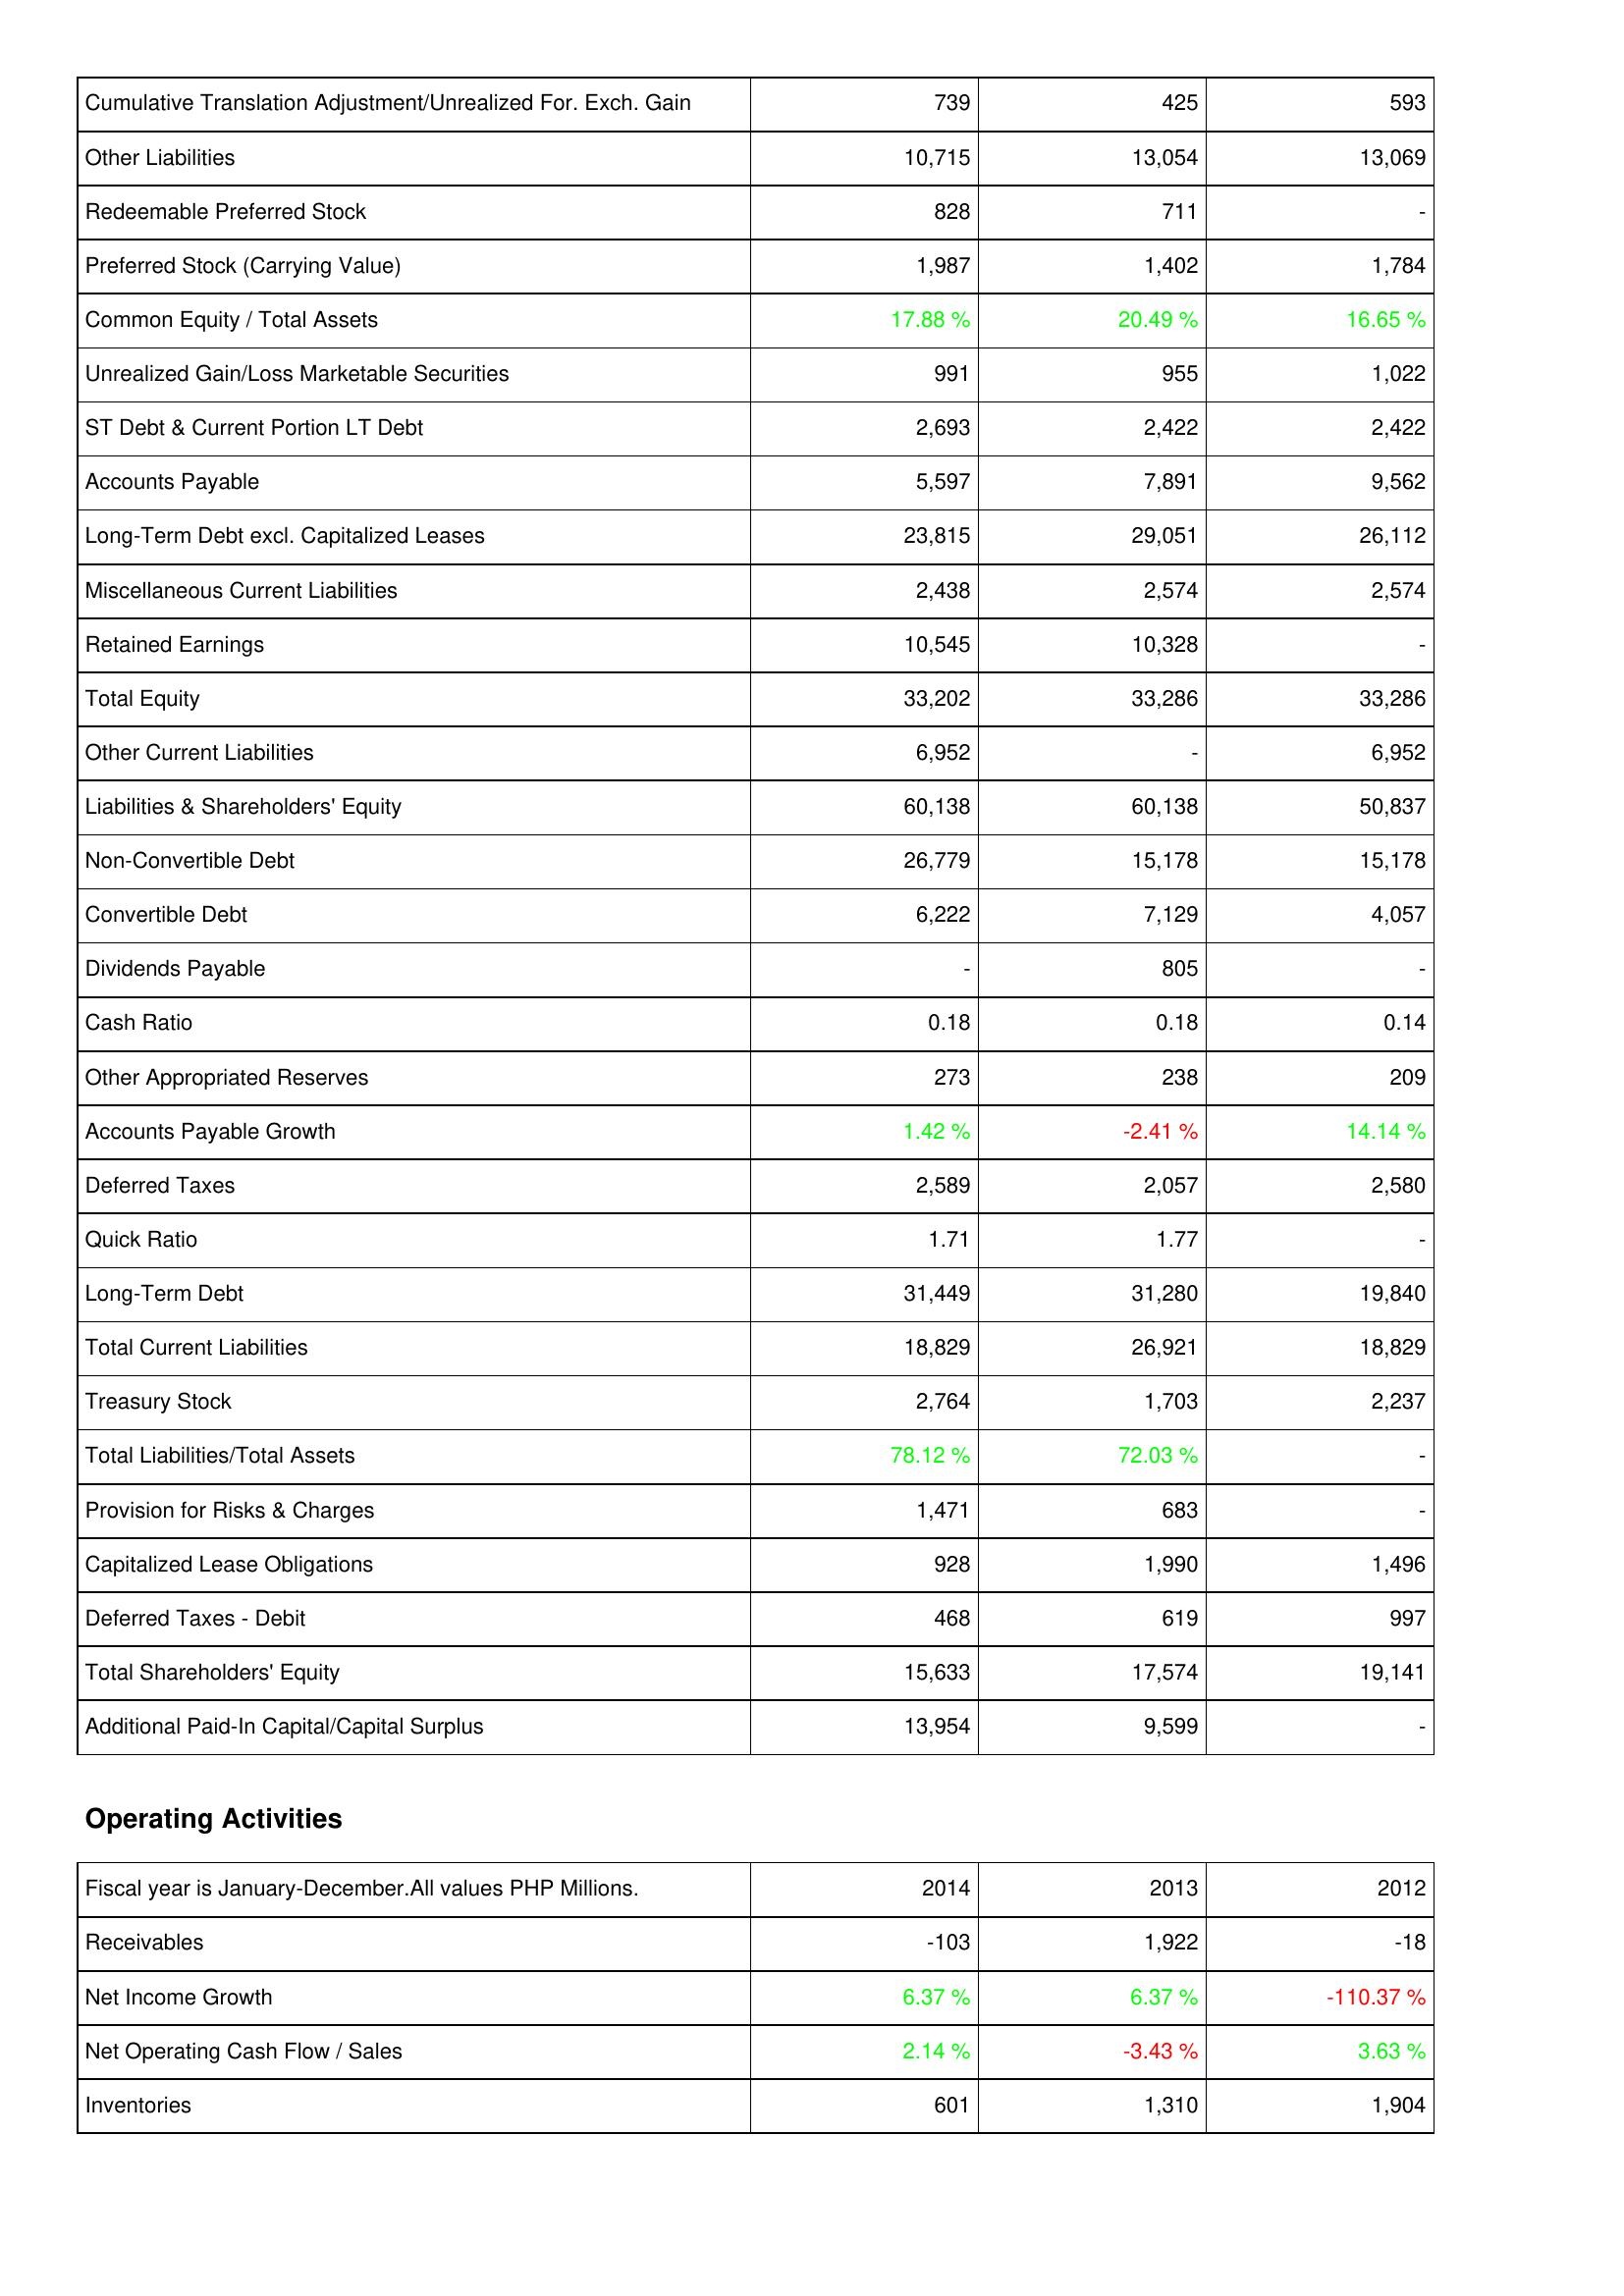
2014: Liabilities & Shareholders' Equity: Cumulative Translation Adjustment/Unrealized For. Exch. Gain: 739
Other Liabilities: 10,715
Redeemable Preferred Stock: 828
Preferred Stock (Carrying Value): 1,987
Common Equity / Total Assets: 17.88 %
Unrealized Gain/Loss Marketable Securities: 991
ST Debt & Current Portion LT Debt: 2,693
Accounts Payable: 5,597
Long-Term Debt excl. Capitalized Leases: 23,815
Miscellaneous Current Liabilities: 2,438
Retained Earnings: 10,545
Total Equity: 33,202
Other Current Liabilities: 6,952
Liabilities & Shareholders' Equity: 60,138
Non-Convertible Debt: 26,779
Convertible Debt: 6,222
Dividends Payable: -
Cash Ratio: 0.18
Other Appropriated Reserves: 273
Accounts Payable Growth: 1.42 %
Deferred Taxes: 2,589
Quick Ratio: 1.71
Long-Term Debt: 31,449
Total Current Liabilities: 18,829
Treasury Stock: 2,764
Total Liabilities/Total Assets: 78.12 %
Provision for Risks & Charges: 1,471
Capitalized Lease Obligations: 928
Deferred Taxes - Debit: 468
Total Shareholders' Equity: 15,633
Additional Paid-In Capital/Capital Surplus: 13,954
Operating Activities: Receivables: -103
Net Income Growth: 6.37 %
Net Operating Cash Flow / Sales: 2.14 %
Inventories: 601
2013: Liabilities & Shareholders' Equity: Cumulative Translation Adjustment/Unrealized For. Exch. Gain: 425
Other Liabilities: 13,054
Redeemable Preferred Stock: 711
Preferred Stock (Carrying Value): 1,402
Common Equity / Total Assets: 20.49 %
Unrealized Gain/Loss Marketable Securities: 955
ST Debt & Current Portion LT Debt: 2,422
Accounts Payable: 7,891
Long-Term Debt excl. Capitalized Leases: 29,051
Miscellaneous Current Liabilities: 2,574
Retained Earnings: 10,328
Total Equity: 33,286
Other Current Liabilities: -
Liabilities & Shareholders' Equity: 60,138
Non-Convertible Debt: 15,178
Convertible Debt: 7,129
Dividends Payable: 805
Cash Ratio: 0.18
Other Appropriated Reserves: 238
Accounts Payable Growth: -2.41 %
Deferred Taxes: 2,057
Quick Ratio: 1.77
Long-Term Debt: 31,280
Total Current Liabilities: 26,921
Treasury Stock: 1,703
Total Liabilities/Total Assets: 72.03 %
Provision for Risks & Charges: 683
Capitalized Lease Obligations: 1,990
Deferred Taxes - Debit: 619
Total Shareholders' Equity: 17,574
Additional Paid-In Capital/Capital Surplus: 9,599
Operating Activities: Receivables: 1,922
Net Income Growth: 6.37 %
Net Operating Cash Flow / Sales: -3.43 %
Inventories: 1,310
2012: Liabilities & Shareholders' Equity: Cumulative Translation Adjustment/Unrealized For. Exch. Gain: 593
Other Liabilities: 13,069
Redeemable Preferred Stock: -
Preferred Stock (Carrying Value): 1,784
Common Equity / Total Assets: 16.65 %
Unrealized Gain/Loss Marketable Securities: 1,022
ST Debt & Current Portion LT Debt: 2,422
Accounts Payable: 9,562
Long-Term Debt excl. Capitalized Leases: 26,112
Miscellaneous Current Liabilities: 2,574
Retained Earnings: -
Total Equity: 33,286
Other Current Liabilities: 6,952
Liabilities & Shareholders' Equity: 50,837
Non-Convertible Debt: 15,178
Convertible Debt: 4,057
Dividends Payable: -
Cash Ratio: 0.14
Other Appropriated Reserves: 209
Accounts Payable Growth: 14.14 %
Deferred Taxes: 2,580
Quick Ratio: -
Long-Term Debt: 19,840
Total Current Liabilities: 18,829
Treasury Stock: 2,237
Total Liabilities/Total Assets: -
Provision for Risks & Charges: -
Capitalized Lease Obligations: 1,496
Deferred Taxes - Debit: 997
Total Shareholders' Equity: 19,141
Additional Paid-In Capital/Capital Surplus: -
Operating Activities: Receivables: -18
Net Income Growth: -110.37 %
Net Operating Cash Flow / Sales: 3.63 %
Inventories: 1,904